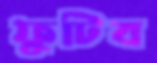
ফুটিব